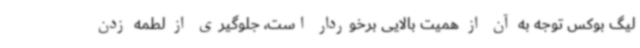
لیگ بوکس توجه به آن از همیت بالایی برخوردار است، جلوگیری از لطمه زدن